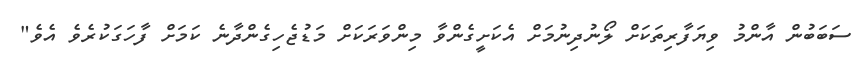
ސަބަބުން އާންމު ވިޔަފާރިތަކަށް ލޯނުދިނުމަށް އެކަށީގެންވާ މިންވަރަކަށް މަޑުޖެހިގެންދާނެ ކަމަށް ފާހަގަކުރެވެ އެވެ"